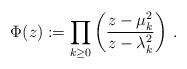
LaTeX: \begin{align*}\Phi(z):= \prod_{k\ge 0 } \left( \frac{z- \mu_k^2 }{z-\lambda_k^2 } \right) \,.\end{align*}